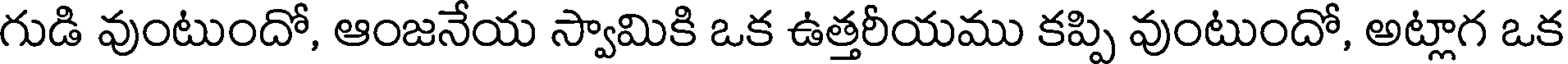
గుడి వుంటుందో, ఆంజనేయ స్వామికి ఒక ఉత్తరీయము కప్పి వుంటుందో, అట్లాగ ఒక